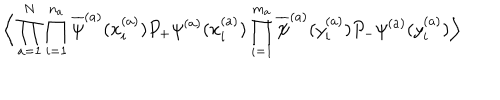
\Big \langle \prod _ { a = 1 } ^ { N } \prod _ { i = 1 } ^ { n _ { a } } \overline { { { \psi } } } ^ { ( a ) } ( x _ { i } ^ { ( a ) } ) P _ { + } \psi ^ { ( a ) } ( x _ { i } ^ { ( a ) } ) \prod _ { i = 1 } ^ { m _ { a } } \overline { { { \psi } } } ^ { ( a ) } ( y _ { i } ^ { ( a ) } ) P _ { - } \psi ^ { ( a ) } ( y _ { i } ^ { ( a ) } ) \Big \rangle